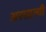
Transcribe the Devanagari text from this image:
अरसात्ची